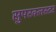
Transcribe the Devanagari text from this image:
सुपरक्‍लस्टर